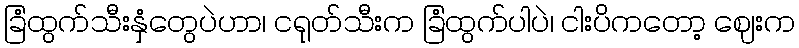
ခြံထွက်သီးနှံတွေပဲဟာ၊ ငရုတ်သီးက ခြံထွက်ပါပဲ၊ ငါးပိကတော့ ဈေးက